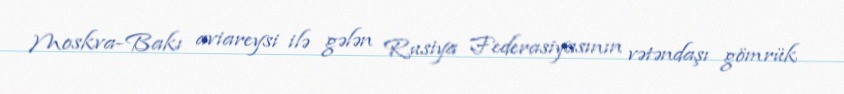
Moskva-Bakı aviareysi ilə gələn Rusiya Federasiyasının vətəndaşı gömrük